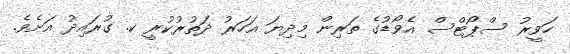
ހަވީރު ސްޕޯޓްސް އެވޯޑުގެ ތަރިން މިދިޔަ އަހަރު ދަތުރުކުރީ ކ. ގުރައިދު އަށެވެ.